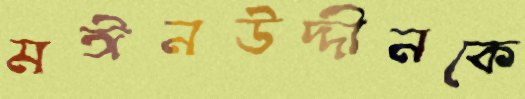
মঈনউদ্দীনকে